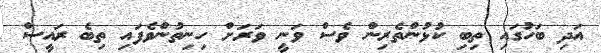
އަދި ބަހުގައި ތިބި ކުޅުންތެރިން ވެސް ވަނީ ވަރަށް ހިނިތުންވެފައި ތިބެ ރައީސް